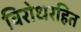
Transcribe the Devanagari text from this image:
विरोधरहित